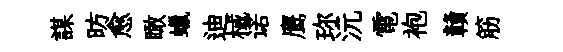
謀昉愈瞰蠟迪械诺鹰珎沅電袍贛筋